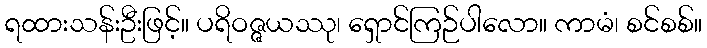
ရထားသန်းဦးဖြင့်။ ပရိဝဇ္ဇယဿု၊ ရှောင်ကြဉ်ပါလော။ ကာမံ၊ စင်စစ်။